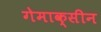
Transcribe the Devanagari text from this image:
गेमाक्सीन